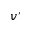
v ^ { \prime }